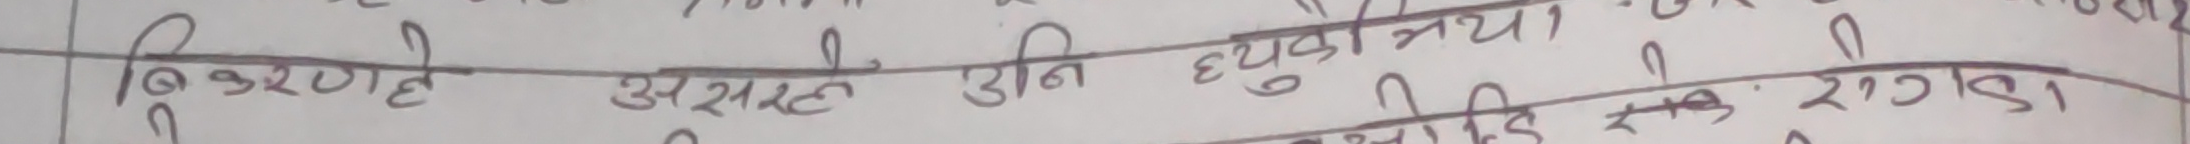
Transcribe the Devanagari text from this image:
विकरणले असरहीन उनी घ्यु नयाँ।
दिने राग्डा।